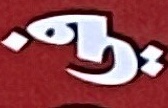
في